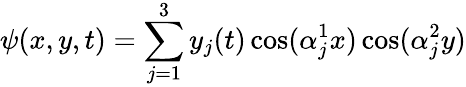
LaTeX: \psi(x,y,t)=\sum_{j=1}^{3}y_{j}(t)\cos(\alpha_{j}^{1}x)\cos(\alpha_{j}^{2}y)